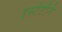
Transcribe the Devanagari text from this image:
इस्टेटीने